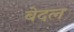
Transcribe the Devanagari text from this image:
बेदल